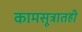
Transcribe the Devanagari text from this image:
कामसूत्रातही